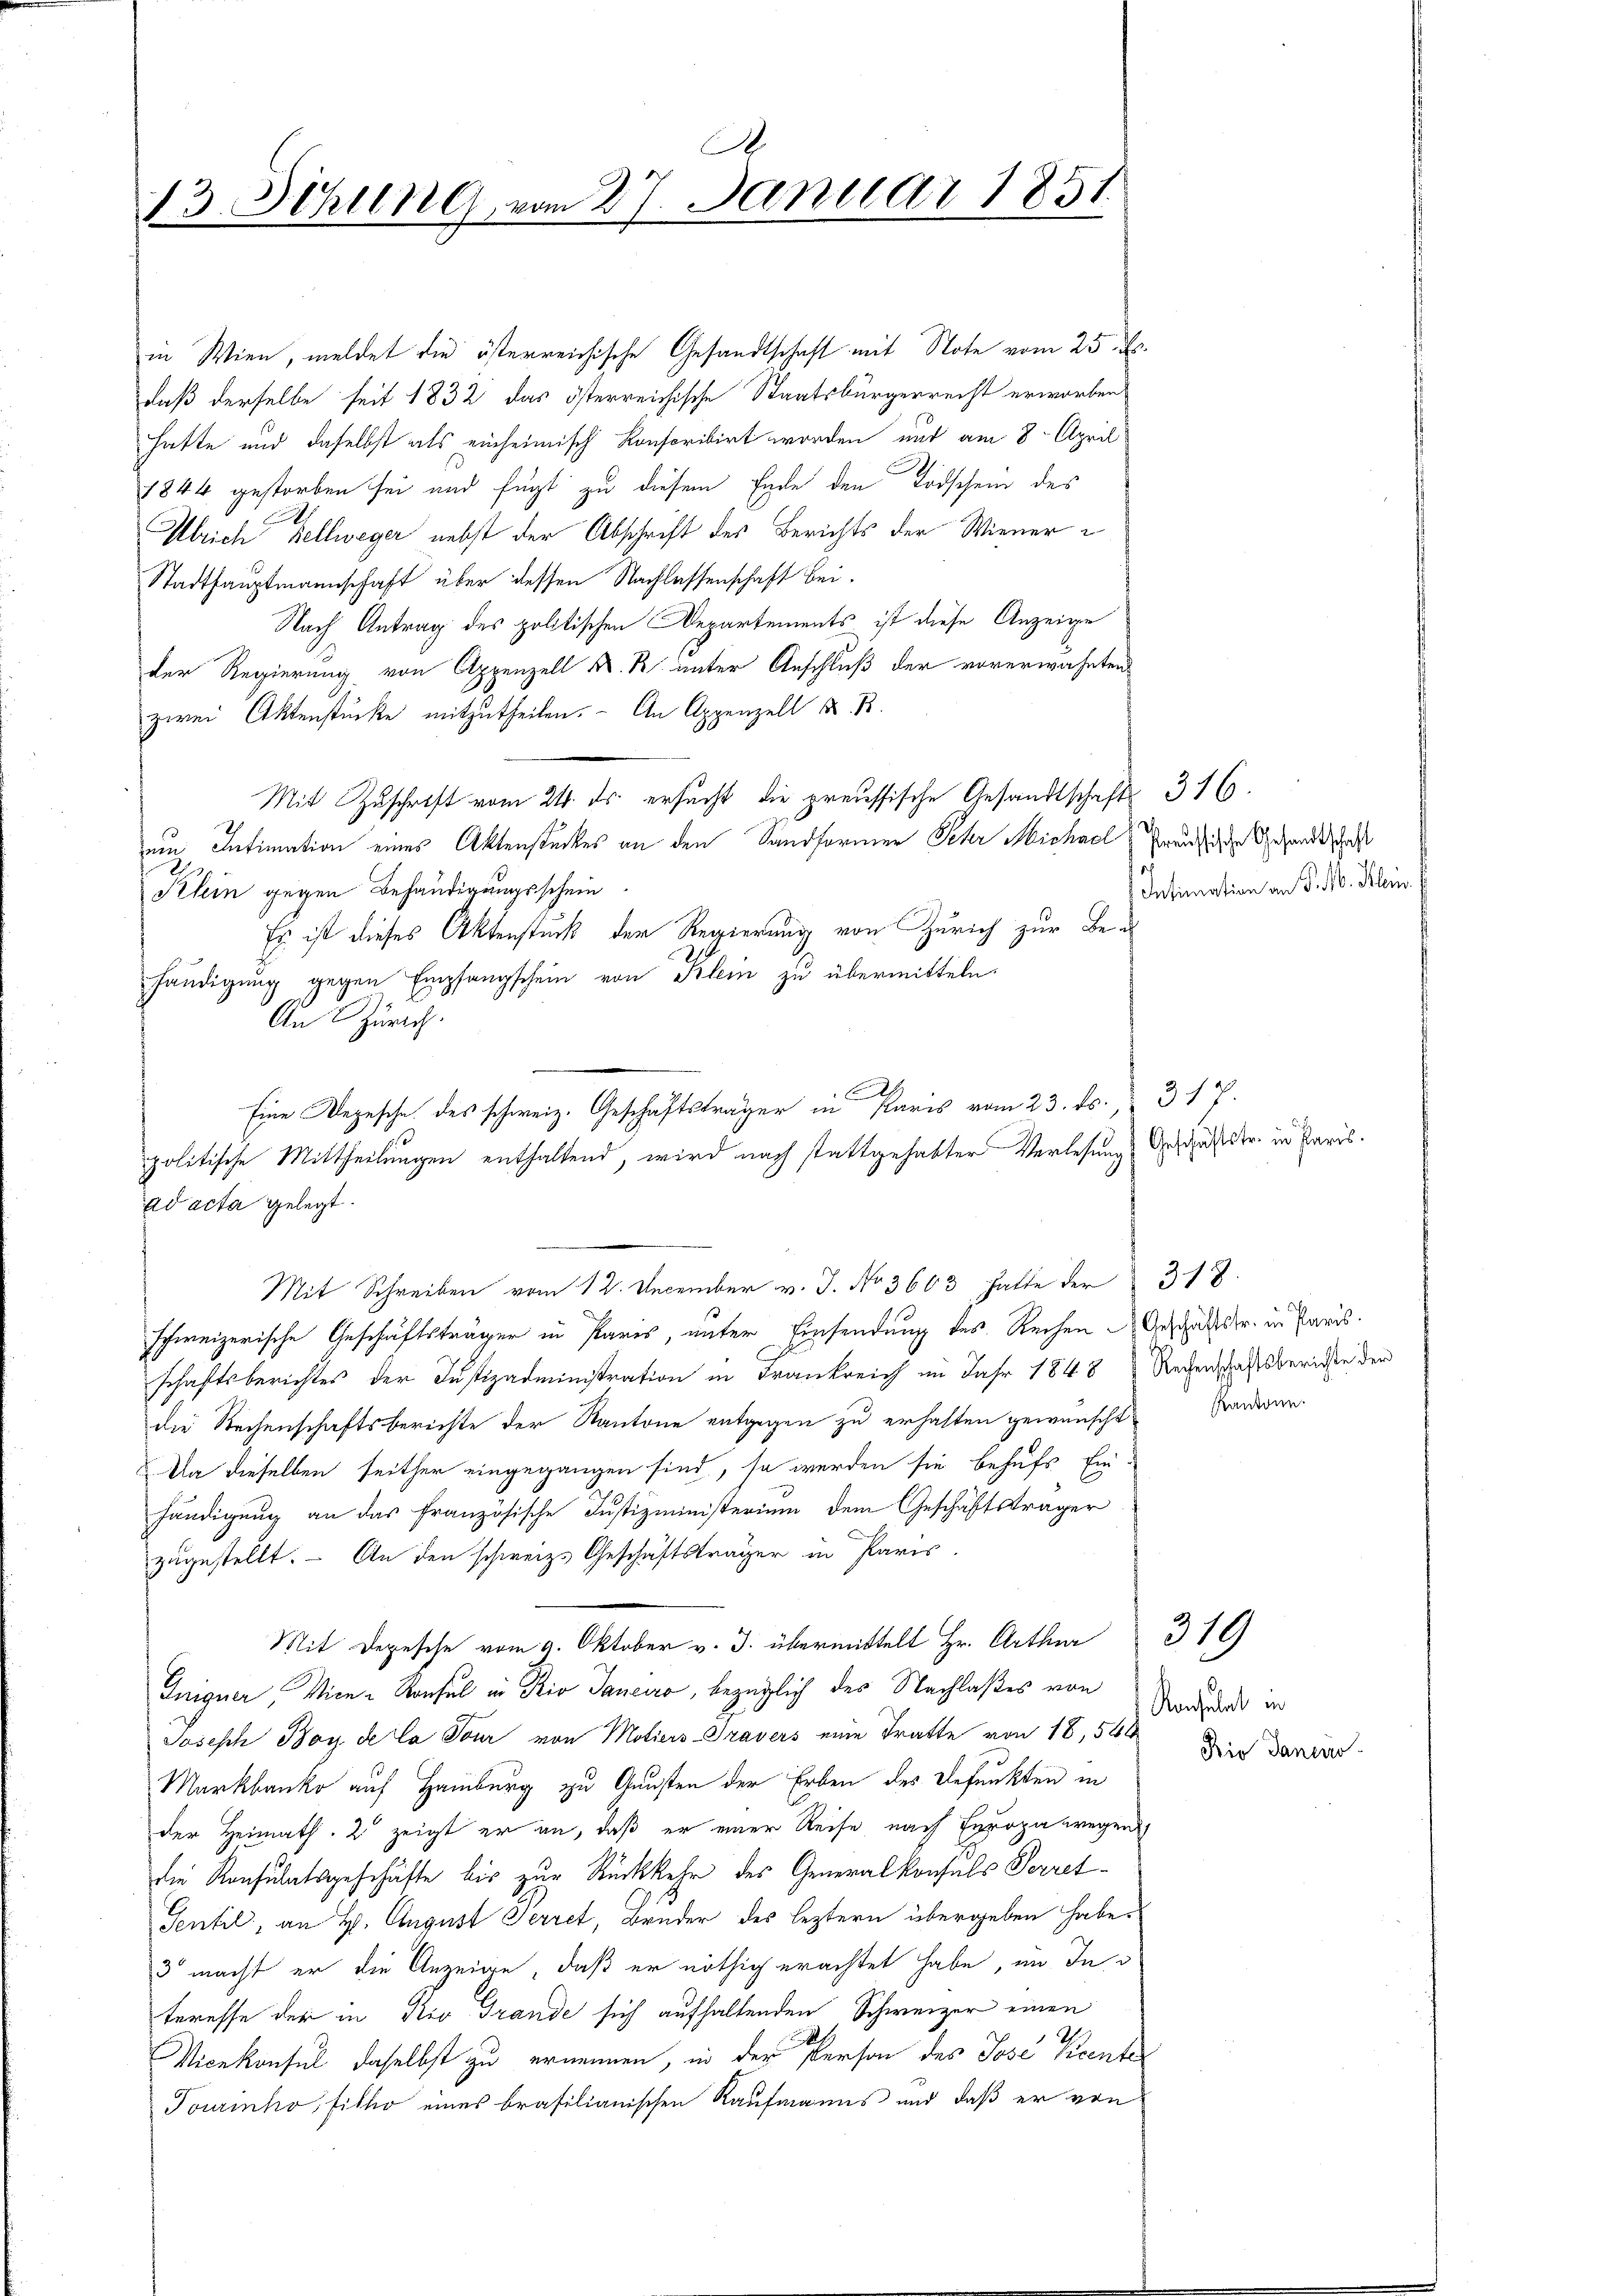
A.
13. Schling, vom 27. Januar 1851.

in Wien, meldet die österreichische Gesandtschaft mit Note vom 25. ds.
daß derselbe seit 1832 das österreichische Staatsbürgerrecht erworben
hatte und daselbst als einheimisch konscribirt worden und am 8. April
1844 gestorben sei und fügt zu diesem Ende den Todschein des
.
Ulrich Kellweger nebst der Abschrift des Berichts der Wiener¬
Stadthauptmannschaft über dessen Nachlassenschaft bei.
Nach Antrag des politischen Departements ist diese Anzeige
der Regierung von Appenzell A. R. unter Anschluß der vorerwähnten
zwei Aktenstücke mitzutheilen. An Appenzell K. B.
Mit Zuschrift vom 24. ds. ersucht die preussische Gesandtschafts 316.
uin Intimation eines Aktenstückes an den Sandformer Peter Michael Preni der Gesandtschaft
Klein gegen Behändigungsschein
Es ist dieses Aktenstück der Regierung von Zürich zur Be¬
.
händigung gegen Empfangschein von Klein zu übermitteln.
Mit Schreiben vom 12. December v. J. No 3663 hatte der 318.
schweizerische Geschäftsträger in Paris, unter Einsendung des Rechen Geschäftstr. in Paris.
schaftsberichtes der Justizadministration in Frankreich im Jahr 1848 Rechenschaftsberichte der
die Rechenschaftsberichte der Kantone entgegen zu erhalten gewünscht
An dieselben seither eingegangen sind, so werden sie behufs Ein-
händigung an das französische Justizministerium dem Geschäftsträger
zugestellt. – An den schweiz. Geschäftsträger in Paris.
Mit Depesche vom 9. Oktober v. J. übermittelt Hr. Arthur
Gnigner, Vice-Konsul in Rio Janeiro, bezüglich des Nachlaßes von
Joseph Boy de la Tour von Motiers-Travers eine Tratte von 18, 544
Markbanke auf Hamburg zu Gunsten der Erben des Befunkten in
der Heimath. 2 zeigt er an, daß er einer Reise nach Europa wegen
die Konsulatsgeschäfte bis zur Rückkehr des Generalkonsuls Perret¬
Sentil, an H. August Terret, Bruder des leztern übergeben habe.
3 macht er die Anzeige, daß er nöthig erachtet habe, im In
teresse der in Rio Grande sich aufhaltenden Schweizer einen
s
Vicekonsul daselbst zu ernennen, in der Person des Jose Picente
Tourinko, Fitho eines brasilianischen Kaufmanns und daß er von

An Zürich
C
Eine Depesche des schweiz. Geschäftsträger in Paris vom 23. ds. 317.
politische Mittheilungen enthaltend, wird nach stattgehabter Verlesung Geschäftstr. in Paris.
ad acta gelegt.

Intimation an S. 10. Klein.

Kantone.

Konsulat in
Die Danier

319